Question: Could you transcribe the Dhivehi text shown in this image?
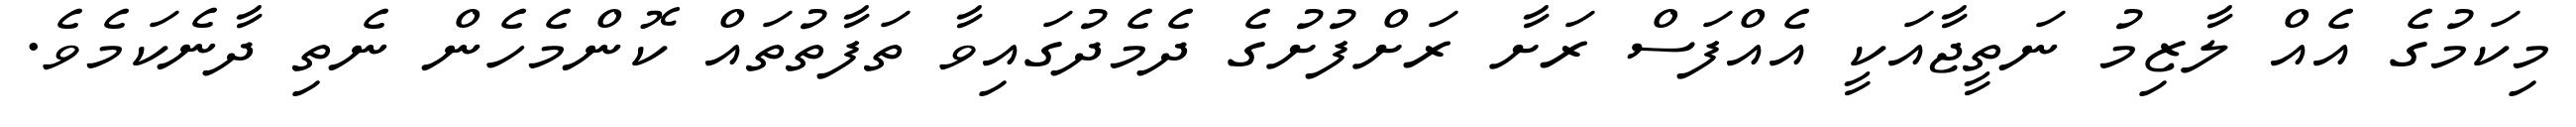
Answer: މިކަމުގެ އެއް ލާޒިމު ނަތީޖާއަކީ އެއްފަސް ރަށާ ރަށްފުށުގެ ދެމެދުގައިވާ ތަފާތުތައް ކޮންމެހެން ނެތި ދާނެކަމެވެ.